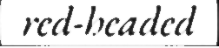
red-headed